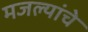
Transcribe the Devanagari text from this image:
मजल्यांचे